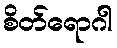
စိတ်ရောဂါ